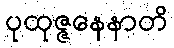
ပုထုဇ္ဇနေနာတိ